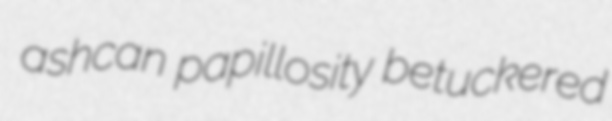
ashcan papillosity betuckered